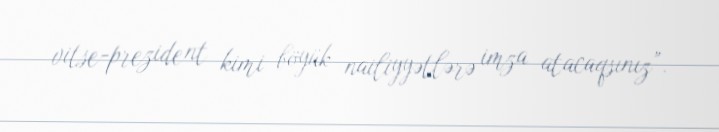
vitse-prezident kimi böyük nailiyyətlərə imza atacaqsınız”.